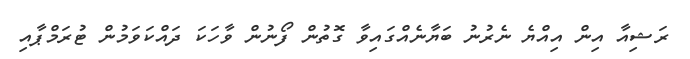
ރަޝިއާ އިން އިއްޔެ ނެރުނު ބަޔާނެއްގައިވާ ގޮތުން ފޯނުން ވާހަކަ ދައްކަވަމުން ޓުރަމްޕާއި